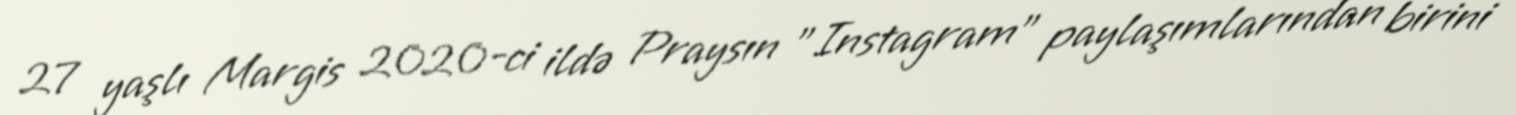
27 yaşlı Margis 2020-ci ildə Praysın "Instagram" paylaşımlarından birini